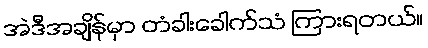
အဲဒီအချိန်မှာ တံခါးခေါက်သံ ကြားရတယ်။